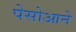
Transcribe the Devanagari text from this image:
पेसोआने